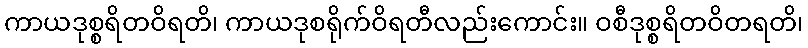
ကာယဒုစ္စရိတဝိရတိ၊ ကာယဒုစရိုက်ဝိရတီလည်းကောင်း။ ဝစီဒုစ္စရိတဝိတရတိ၊